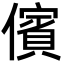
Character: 儐